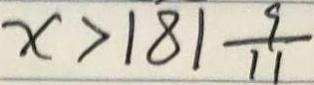
x > 1 8 1 \frac { 9 } { 1 1 }